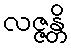
လဇ္ဇန္တိ